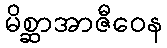
မိစ္ဆာအာဇီဝေန